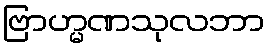
ဗြာဟ္မဏသုလဘာ